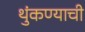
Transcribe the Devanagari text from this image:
थुंकण्याची